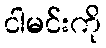
ငါမင်းကို